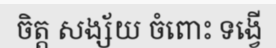
ចិត្ត សង្ស័យ ចំពោះ ទង្វើ